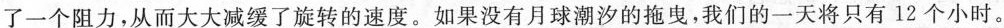
了一个阻力，从而大大减缓了旋转的速度，如果没有月球潮汐的拖曳，我们的一天将只有12个小时。